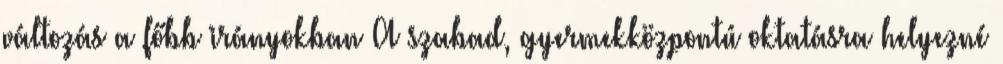
változás a főbb irányokban A szabad, gyermekközpontú oktatásra helyezné